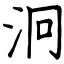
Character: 泂